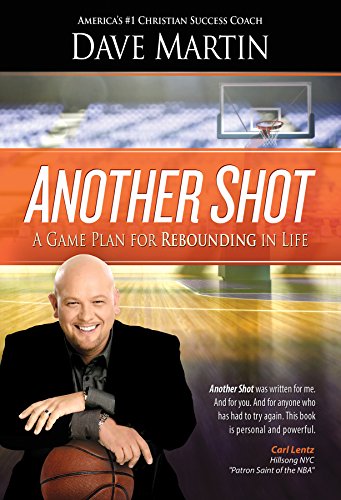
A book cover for Another Shot: A Game Plan For Rebounding In Life; Dave Martin; Christian Books & Bibles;